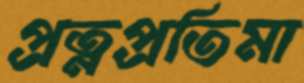
প্রত্নপ্রতিমা